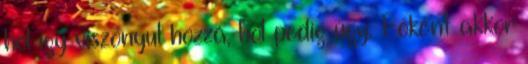
hol így viszonyul hozzá, hol pedig úgy. Főként akkor